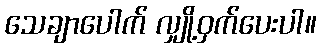
သေချာပေါက် လျှို့ဝှက်ပေးပါ။